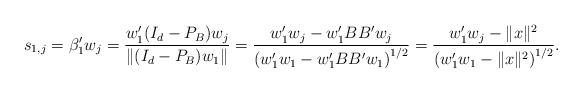
LaTeX: \begin{align*}s_{1,j} = \beta_1'w_j = \frac{w_1'(I_d-P_B)w_j}{\|(I_d-P_B)w_1\|} =\frac{w_1'w_j - w_1'BB'w_j}{\left(w_1'w_1 - w_1'BB'w_1\right)^{1/2}} =\frac{w_1'w_j - \|x\|^2}{\left(w_1'w_1 - \|x\|^2\right)^{1/2}}.\end{align*}